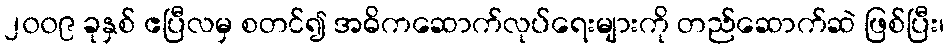
၂၀၀၉ ခုနှစ် ဧပြီလမှ စတင်၍ အဓိကဆောက်လုပ်ရေးများကို တည်ဆောက်ဆဲ ဖြစ်ပြီး၊